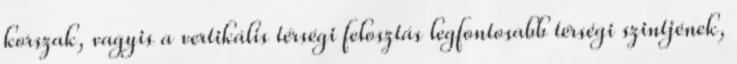
korszak, vagyis a vertikális térségi felosztás legfontosabb térségi szintjének,